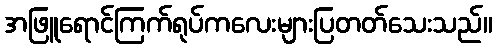
အဖြူရောင်ကြက်ရုပ်ကလေးများပြတတ်သေးသည်။